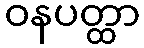
ဝနပတ္ထာ